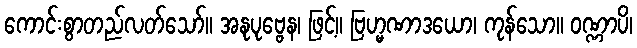
ကောင်းစွာတည်လတ်သော်။ အနုပုဗ္ဗေန၊ ဖြင့်။ ဗြဟ္မဏာဒယော၊ ကုန်သော။ ဝဏ္ဏာပိ၊